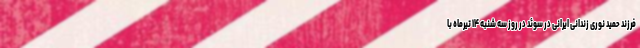
فرزند حمید نوری زندانی ایرانی در سوئد در روز سه شنبه ۱۴ تیرماه با